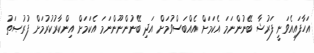
އަހާފައިއެވަނީ ފަރުޝާ ބޭނުންނަމަ އެކަމަށް އެއްބަސްވުމަށް އަދި ބޭނުންނޫންނަމަ އެކަމަށް އިންކާރުކުރުމަށް ފުރުޞަތު